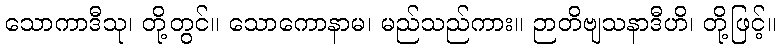
သောကာဒီသု၊ တို့တွင်။ သောကောနာမ၊ မည်သည်ကား။ ဉာတိဗျသနာဒီဟိ၊ တို့ဖြင့်။